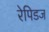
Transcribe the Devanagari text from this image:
रेपिडज